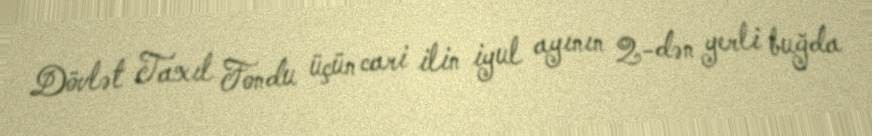
Dövlət Taxıl Fondu üçün cari ilin iyul ayının 2-dən yerli buğda